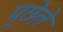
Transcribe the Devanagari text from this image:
पूछेले